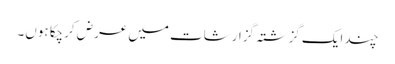
چند ایک گزشتہ گزارشات میں عرض کرچکا ہوں۔